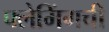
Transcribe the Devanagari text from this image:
फ्लेमिंगची